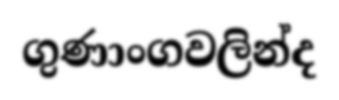
ගුණාංගවලින්ද